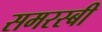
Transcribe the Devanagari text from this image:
समरस्बी